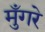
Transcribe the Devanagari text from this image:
मुँगरे